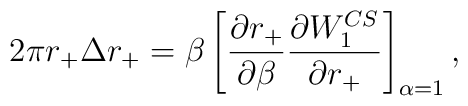
2\pi r_+\Delta r_+=\beta\left[ {\partial {r_+}\over\partial \beta}{\partial{W_1^{CS}}\over \partial r_+}\right]_{\alpha=1},